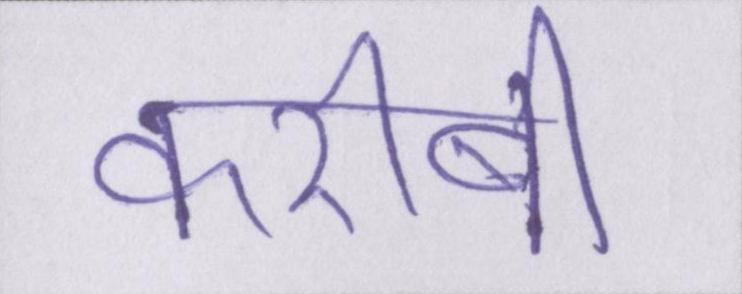
करीबी